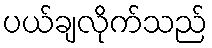
ပယ်ချလိုက်သည်